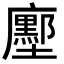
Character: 𭚌